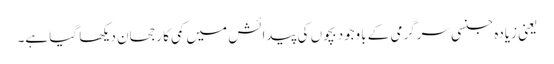
یعنی زیادہ جنسی سرگرمی کے باوجود بچوں کی پیدائش میں کمی کا رجحان دیکھا گیا ہے۔